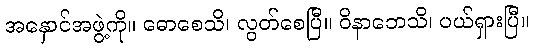
အနှောင်အဖွဲ့ကို။ ဓောစေသိ၊ လွတ်စေပြီ။ ဝိနာဘေသိ၊ ပယ်ရှားပြီ။